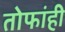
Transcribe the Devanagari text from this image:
तोफांही